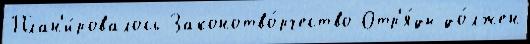
План'и́ровалось Законотво́рчество Отр'я́ды до́лжен